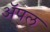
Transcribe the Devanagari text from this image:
अॅपल